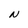
Character: N